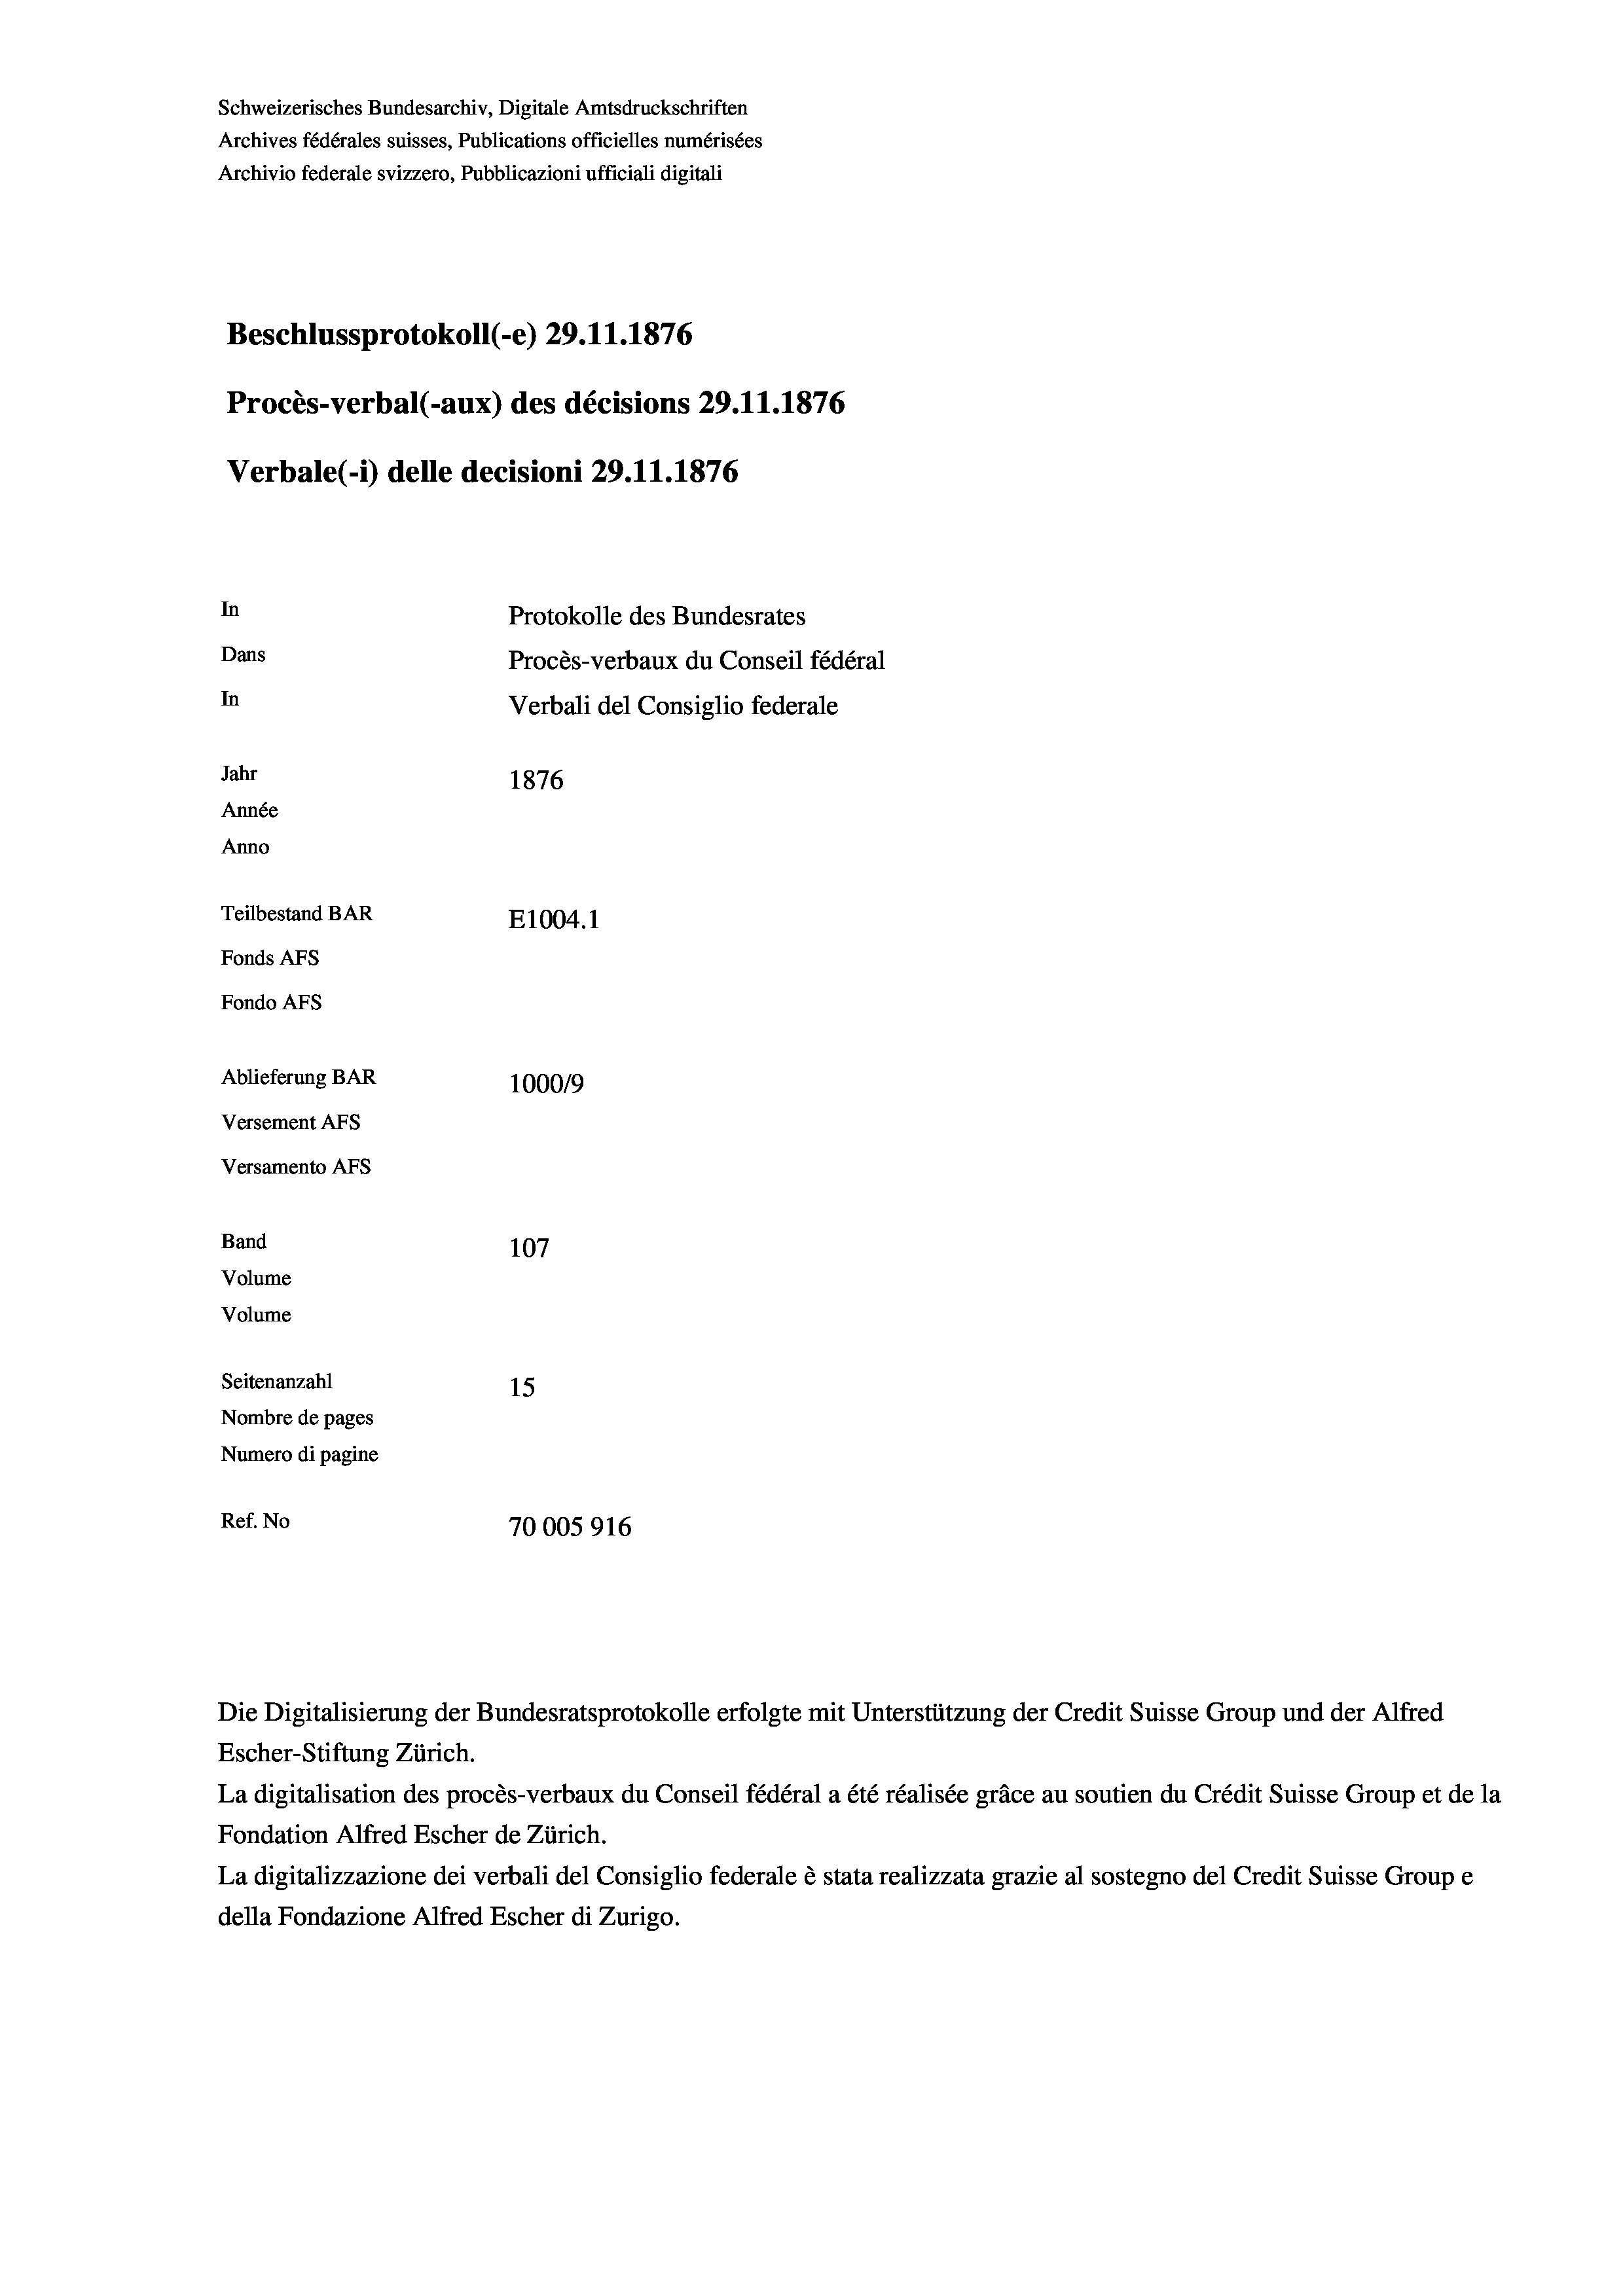
Schweizerisches Bundesarchiv, Digitale Amtsdruckschriften
Archives fédérales suisses, Publications officielles numérisées
Archivio federale svizzero, Pubblicazioni ufficiali digitali
Beschlussprotokoll (-e) 29.11.1876
Procès-verbal (-aux) des décisions 29.11.1876
Verbale(1) delle decisioni 29.11.1876
In
Protokolle des Bundesrates
Dans
Procès-verbaux du Conseil fédéral
In
Verbali del Consiglio federale
Jahr
1876
Année
Anno
Teilbestand BAR
E1004. 1
Fonds AFs
Fondo AFs
Ablieferung BAR
100019
Versement AFS
Versamento AFS
Band
107
Volume
Volume
Seitenanzahl
15
Nombre de pages
Numero di pagine
Ref. No
70005916

Escher-Stiftung Zürich.
La digitalisation des procès-verbaux du Conseil fédéral a été réalisée gräce au soutien du Crédit Suisse Group et de la
Fondation Alfred Escher de Zürich.
La digitalizzazione dei verbali del Consiglio federale è stata realizzata grazie al sostegno del Credit Suisse Groupe
della Fondazione Alfred Escher di Zurigo.

Die Digitalisierung der Bundesratsprotokolle erfolgte mit Unterstützung der Credit Suisse Group und der Alfred